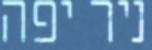
ניר יפה